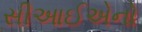
સીઆઈએનો